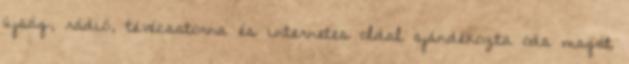
újság, rádió, tévécsatorna és internetes oldal ajándékozta oda magát